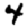
Digit: 4